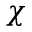
\chi